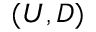
( U , D )